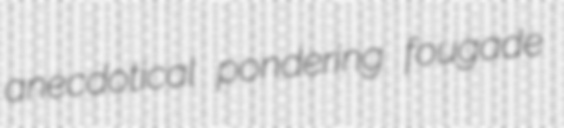
anecdotical pondering fougade